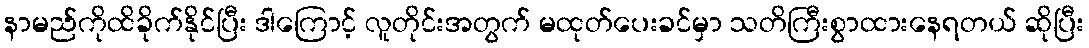
နာမည်ကိုထိခိုက်နိုင်ပြီး ဒါကြောင့် လူတိုင်းအတွက် မထုတ်ပေးခင်မှာ သတိကြီးစွာထားနေရတယ် ဆိုပြီး